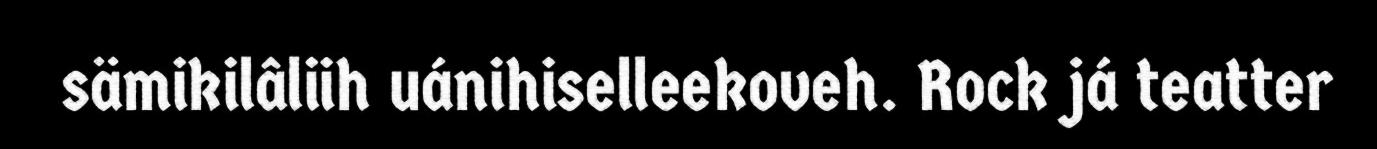
sämikilâliih uánihiselleekoveh. Rock já teatter